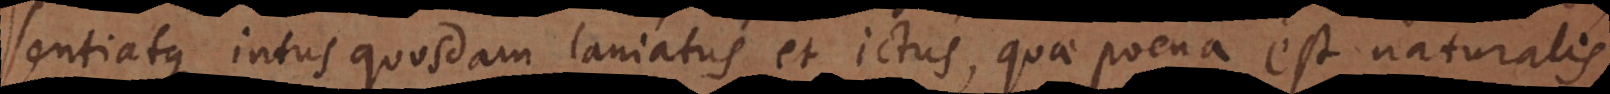
sentiatque intus quosdam laniatus et ictus, quae poena est naturalis.